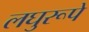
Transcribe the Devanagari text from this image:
लघुरूपे